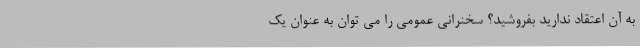
به آن اعتقاد ندارید بفروشید؟ سخنرانی عمومی را می توان به عنوان یک